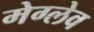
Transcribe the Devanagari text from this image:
मेग्लेव